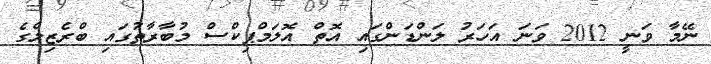
ނޭމާ ވަނީ 2012 ވަނަ އަހަރު ލަންޑަންގައި އޮތް އޮލަމްޕިކްސް މުބާރާތުގައި ބްރެޒިލްގެ